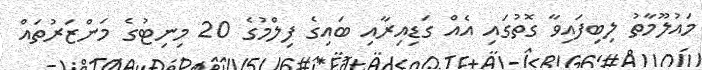
މައުލޫމާތު ލިބިފައިވާ ގޮތުގައި އެއް ގަޑިއިރާއި ބައިގެ ފިލްމުގެ 20 މިނިޓުގެ މަންޒަރުތައް